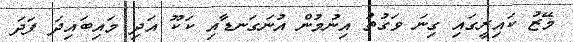
މޭޒު ކައިރީގައި ގިނަ ވަގުތު އިނުމުން އުނަގަނޑާއި ކަކޫ އަދި މައިބައިދަ ފަދަ